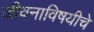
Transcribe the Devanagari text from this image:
जीवनाविषयीचे